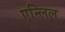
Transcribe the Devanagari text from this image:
एन्लिल